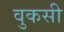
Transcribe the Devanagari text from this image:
वुकसी